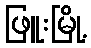
ဖြူးမြို့